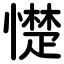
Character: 憷